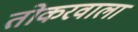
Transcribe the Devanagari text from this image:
तोकरवाला